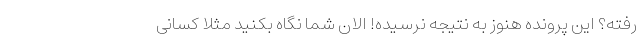
رفته؟ این پرونده هنوز به نتیجه نرسیده! الان شما نگاه بکنید مثلا کسانی